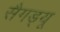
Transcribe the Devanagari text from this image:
सैगड्यू